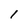
Character: l